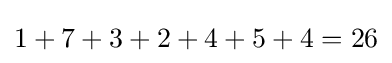
1+7+3+2+4+5+4=26